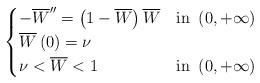
LaTeX: \begin{align*}\begin{cases}-\overline{W}''=\left(1-\overline{W}\right) \overline{W} & \textup{in }\left(0,+\infty\right)\\\overline{W}\left(0\right)=\nu\\\nu < \overline{W} < 1 & \textup{in }\left(0,+\infty\right)\end{cases}\end{align*}